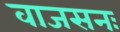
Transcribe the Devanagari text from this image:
वाजसनः